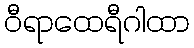
ဝီရာထေရီဂါထာ